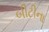
બીટીના